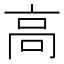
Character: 高